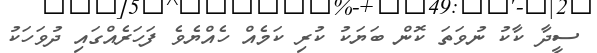
ސީދާ ކާކު ނުވަތަ ކޮން ބަޔަކު ކުރި ކަމެއް ހެއްޔެވެ ފަހަރެއްގައި ދުވަހަކު